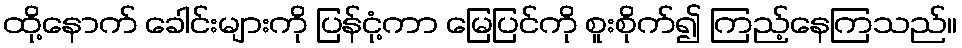
ထို့နောက် ခေါင်းများကို ပြန်ငုံ့ကာ မြေပြင်ကို စူးစိုက်၍ ကြည့်နေကြသည်။